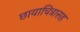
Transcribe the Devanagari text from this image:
छायाचित्रासह